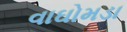
વાઘોમડા